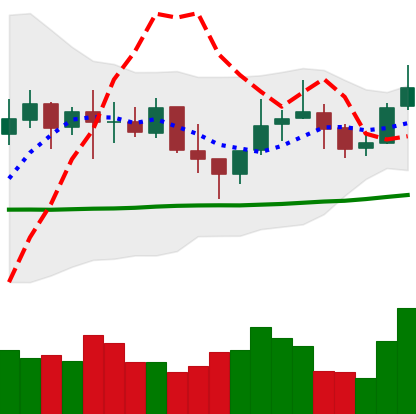
Ticker: LINK-USD
Chart end date: 2021-10-21
Forward return: 14.98%
Label: up_7plus